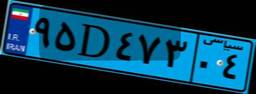
۷۲D۹۹۴۳۰